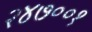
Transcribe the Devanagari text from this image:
२४७००१